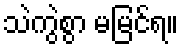
သဲကွဲစွာ မမြင်ရ။